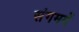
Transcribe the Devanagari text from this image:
संगममें